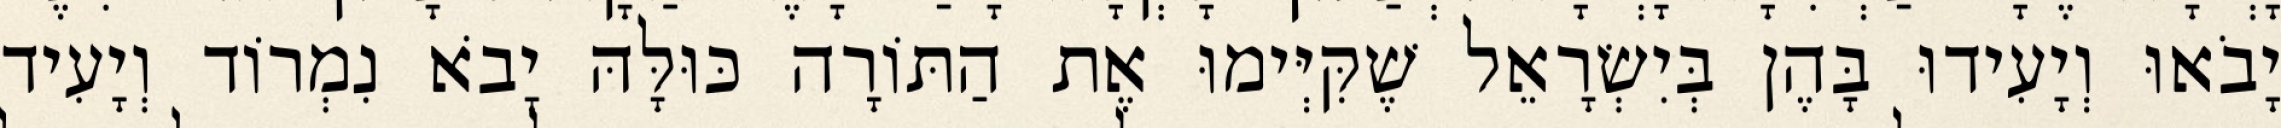
יָבֹאוּ וְיָעִידוּ בָּהֶן בְּיִשְׂרָאֵל שֶׁקִּיְּימוּ אֶת הַתּוֹרָה כּוּלָּהּ יָבֹא נִמְרוֹד וְיָעִיד